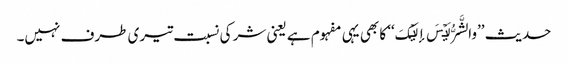
حدیث ’’والشَّرُّ لَیۡسَ إلَیۡکَ‘‘ کا بھی یہی مفہوم ہے یعنی شر کی نسبت تیری طرف نہیں۔